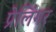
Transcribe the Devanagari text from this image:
प्रेलिंगर